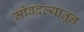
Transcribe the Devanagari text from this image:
मोबदल्यातून